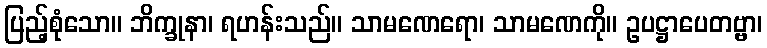
ပြည့်စုံသော။ ဘိက္ခုနာ၊ ရဟန်းသည်။ သာမဏေရော၊ သာမဏေကို။ ဥပဋ္ဌာပေတဗ္ဗာ၊